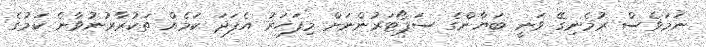
ނަމަވެސް ރުމެނިގޭ ވަނީ ބަޔާންގެ ސަޕޯޓަރުންނަށް މިފަހަރު އެފަދަ ކަމެއް ތަކުރާރުނުވާނެ ކަމުގެ